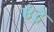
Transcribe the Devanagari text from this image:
एंद्रे